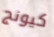
كيونج